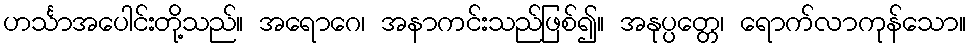
ဟင်္သာအပေါင်းတို့သည်။ အရောဂေ၊ အနာကင်းသည်ဖြစ်၍။ အနုပ္ပတ္တေ၊ ရောက်လာကုန်သော။